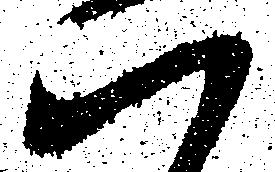
ハ